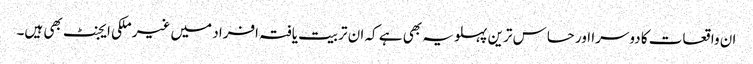
ان واقعات کا دوسرا اور حساس ترین پہلو یہ بھی ہے کہ ان تربیت یافتہ افراد میں غیر ملکی ایجنٹ بھی ہیں۔